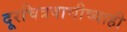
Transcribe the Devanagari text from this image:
दूरचित्रवाणीच्याही